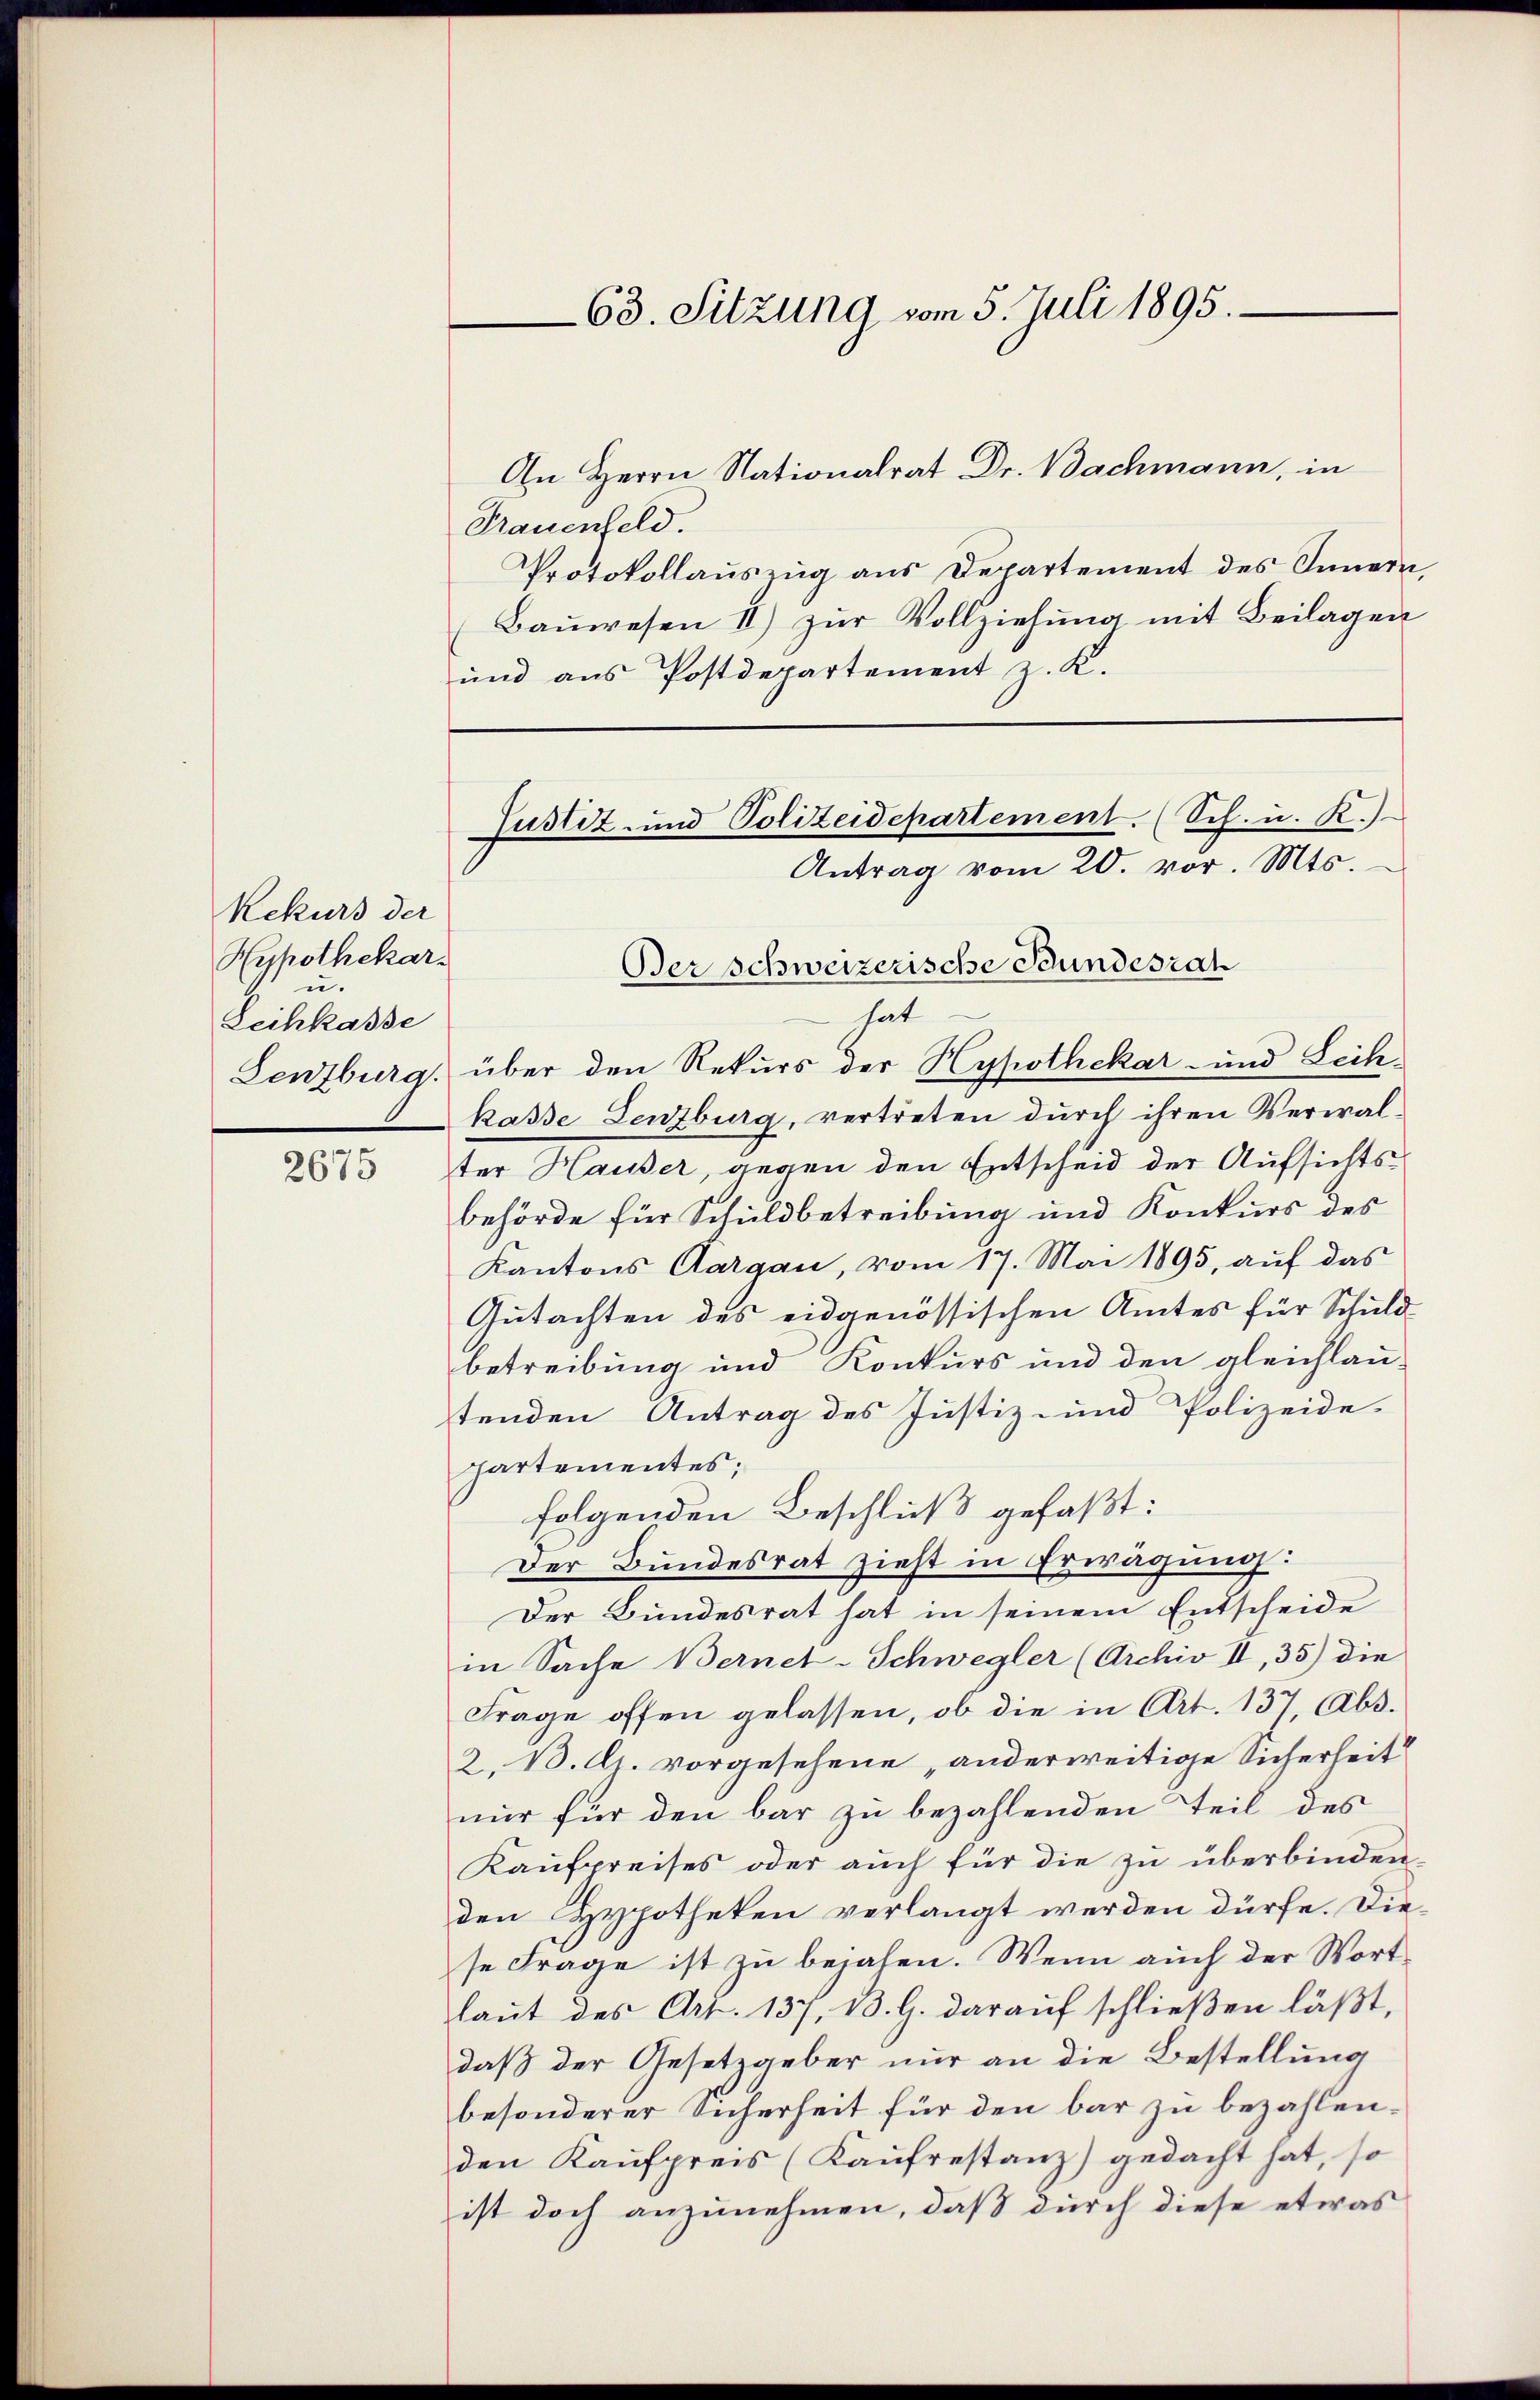
2675

Rekurs der
Hypothekar-
u.
Leihkasse

63. Sitzung vom 5. Juli 1895.

Trauenfeld.
Protokollauszug aus Departement des Innern,
Baŭwesen II) zŭr Vollziehŭng mit Beilagen
und aus Postdepartement z. K.
Justiz- und Polizeidepartement. (Sch. u. R.)

An Herrn Nationalrat Dr. Bachmann, in

Der schweizerische Schindesrah

hat
Lenzburg, über den Rekurs der Hypothekar- und Leihkasse Lenzburg, vertreten durch ihren Verwalter Hauser, gegen den Entscheid der Aufsichtsbehörde für Schuldbetreibung und Konkurs des
Kantons Aargau, vom 17. Mai 1895, auf das
Gutachten des eidgenössischen Amtes für Schuld-
betreibung und Konkurs und den gleichlau-
tenden Antrag des Justiz- und Polizeide
partementes:
folgenden Beschluß gefaßt:
Der Bundesrat zieht in Erwägung:
Der Bundesrat hat in seinem Entscheide
in Sache Bernet-Schwegler (Archiv II, 35) die
Frage offen gelassen, ob die in Art. 137, Abt.
2. B. G. vorgesehene „anderweitige Sicherheit
nur für den bar zu bezahlenden Teil des
Kaufpreises oder auch für die zu überbinden,
den Hypotheken verlangt werden dürfe. Diese Frage ist zu bejahen. Wenn auch der Wortlaŭt des Art. 137, 13. G. daraŭf schlieβen läβt,
daß der Gesetzgeber nur an die Bestellung
besonderer Sicherheit für den bar zu bezahlenden Kaufpreis (Kaufrestanz) gedacht hat, so
ist doch anzunehmen, daß durch diese etwas

Antrag vom 20. vor. Mts.